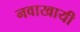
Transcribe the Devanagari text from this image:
नवाखायी